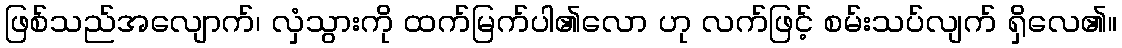
ဖြစ်သည်အလျောက်၊ လှံသွားကို ထက်မြက်ပါ၏လော ဟု လက်ဖြင့် စမ်းသပ်လျက် ရှိလေ၏။